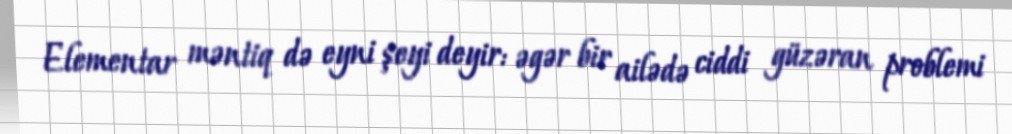
Elementar məntiq də eyni şeyi deyir: əgər bir ailədə ciddi güzəran problemi